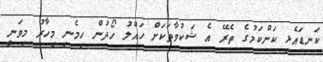
ކަނޑައެޅި ކަންކަމުގެ ތެރޭ އެ ޝަކުވާތަކަށް ހައްލު ހޯދުން ހިމެނި މިހާރު މިވަނީ